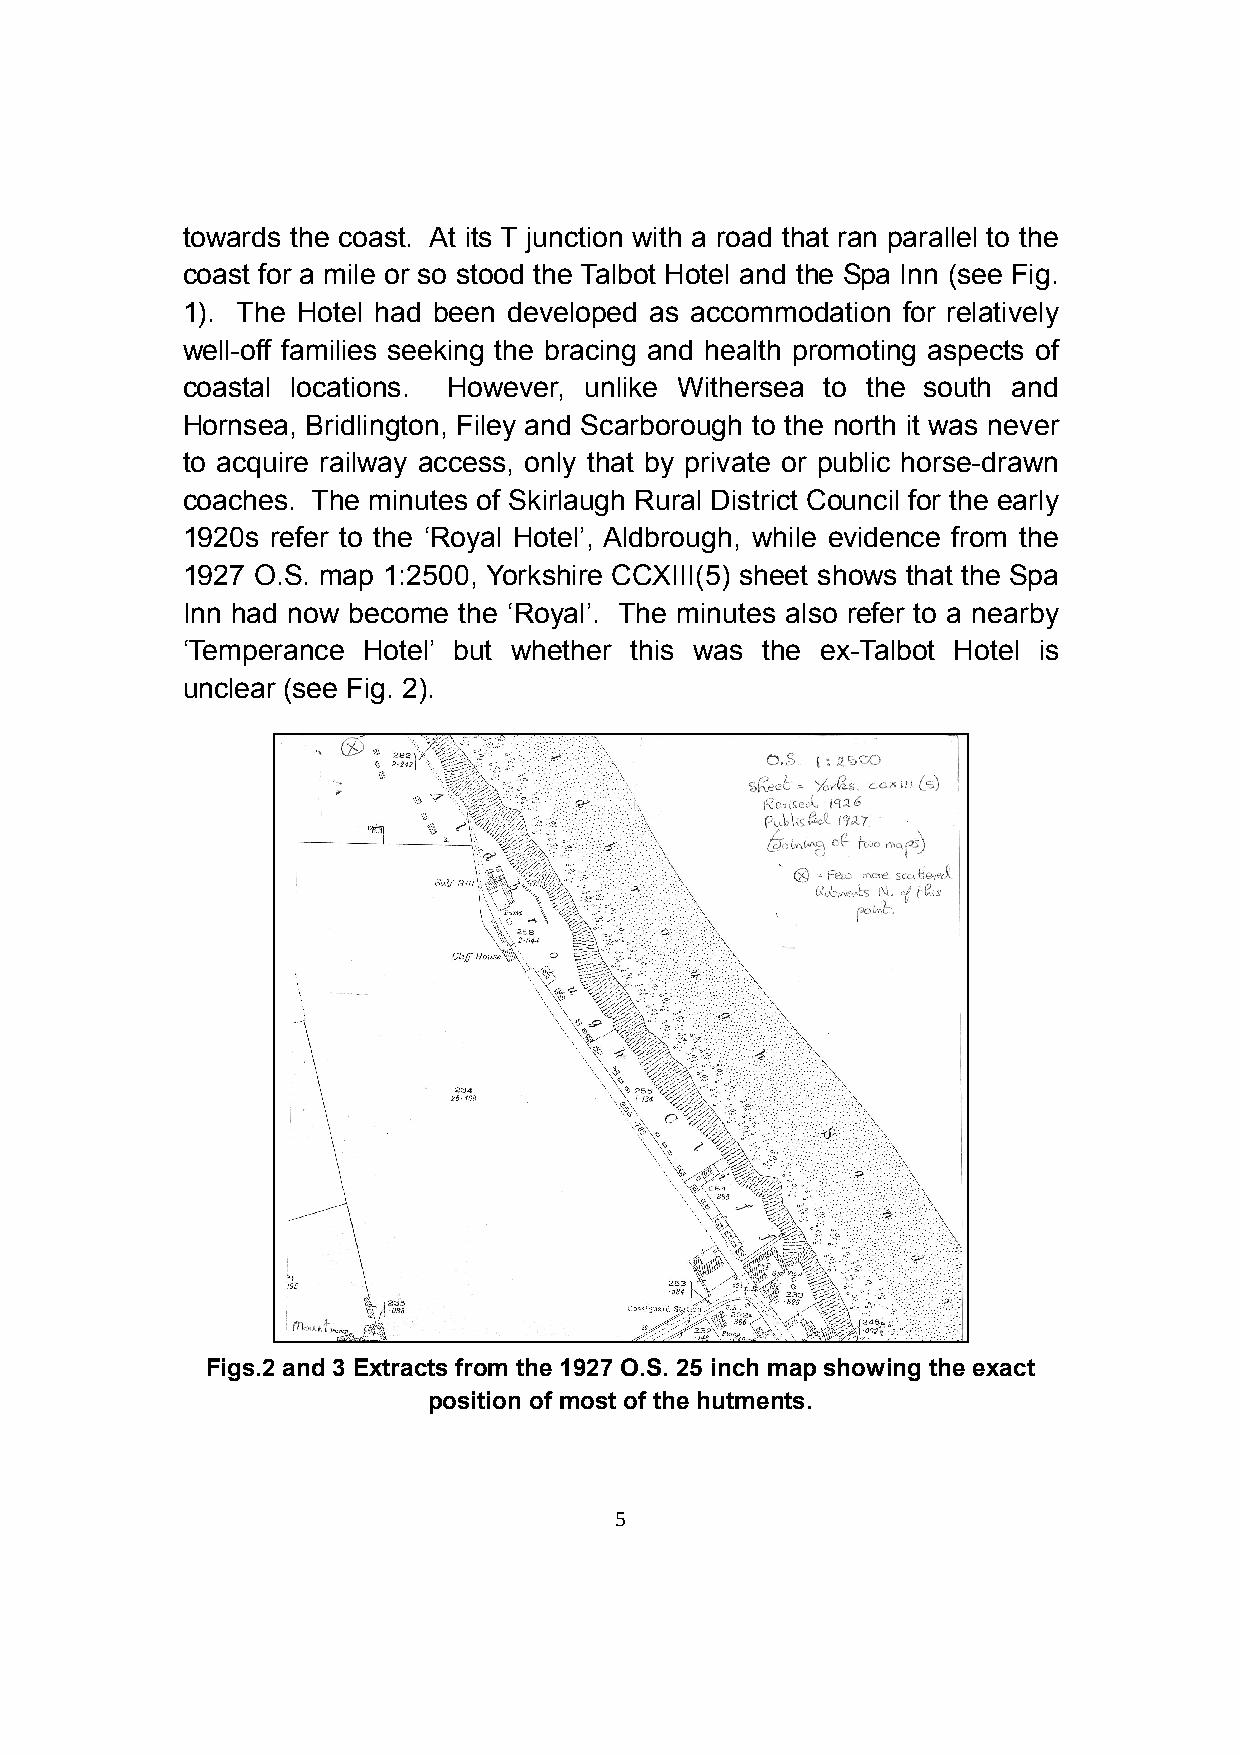
towards the coast. At its T junction with a road that ran parallel to the
 coast for a mile or so stood the Talbot Hotel and the Spa Inn (see Fig.
 1). The Hotel had been developed as accommodation for relatively
 well-off families seeking the bracing and health promoting aspects of
 coastal locations. However, unlike Withersea to the south and
 Hornsea, Bridlington, Filey and Scarborough to the north it was never
 to acquire railway access, only that by private or public horse-drawn
 coaches. The minutes of Skirlaugh Rural District Council for the early
 1920s refer to the ‘Royal Hotel’, Aldbrough, while evidence from the
 1927 O.S. map 1:2500, Yorkshire CCXIII(5) sheet shows that the Spa
 Inn had now become the ‘Royal’. The minutes also refer to a nearby
 ‘Temperance Hotel’ but whether this was the ex-Talbot Hotel is
 unclear (see Fig. 2).
 Figs.2 and 3 Extracts from the 1927 O.S. 25 inch map showing the exact
 position of most of the hutments.
 5